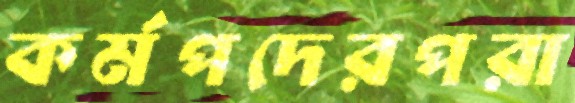
কর্মপদেরপরা